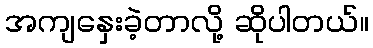
အကျနှေးခဲ့တာလို့ ဆိုပါတယ်။